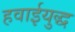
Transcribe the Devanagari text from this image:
हवाईयुद्ध